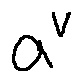
a ^ { v }